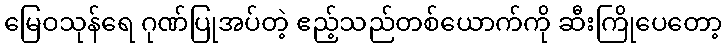
မြေဝသုန်ရေ ဂုဏ်ပြုအပ်တဲ့ ဧည့်သည်တစ်ယောက်ကို ဆီးကြိုပေတော့